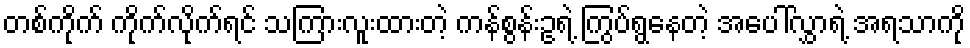
တစ်ကိုက် ကိုက်လိုက်ရင် သကြားလူးထားတဲ့ ကန်စွန်းဥရဲ့ ကြွပ်ရွနေတဲ့ အပေါ်လွှာရဲ့ အရသာကို